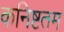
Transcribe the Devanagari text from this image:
कनिष्टतम